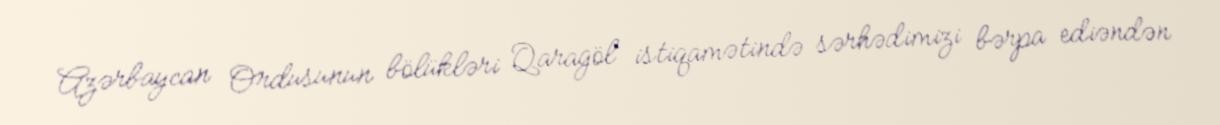
Azərbaycan Ordusunun bölükləri Qaragöl istiqamətində sərhədimizi bərpa ediəndən